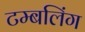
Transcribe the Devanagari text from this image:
टम्बलिंग